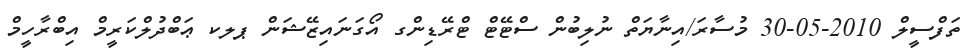
ތަފްސީލް 2010-05-30 މުސާރަ/އިނާޔަތް ނުލިބުން ސްޓޭޓް ޓްރޭޑިންގ އޯގަނައިޒޭޝަން ޕލކ ޢަބްދުލްކަރީމް އިބްރާހީމް